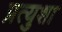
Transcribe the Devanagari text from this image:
प्रत्युशा